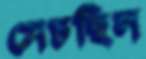
সেচছিল